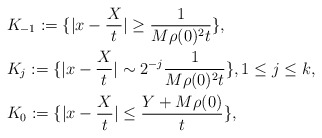
\begin{align*}&K_{-1} := \{ |x - \frac{X}{t}| \geq \frac{1}{M\rho (0)^2 t} \}, \\&K_j := \{ |x - \frac{X}{t}| \sim 2^{-j} \frac{1}{M\rho (0)^2 t} \}, 1\leq j \leq k , \\&K_{0} := \{ |x - \frac{X}{t}| \leq \frac{Y + M\rho (0) }{t} \},\end{align*}